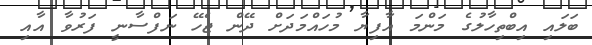
ބަލައި އިބްތިހާލުގެ މަންމަ އާފިޔާ މުހައްމަދަށް ދޭން ޖެހޭ ނަފްސާނީ ފަރުވާ އާއި